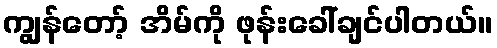
ကျွန်တော့် အိမ်ကို ဖုန်းခေါ်ချင်ပါတယ်။